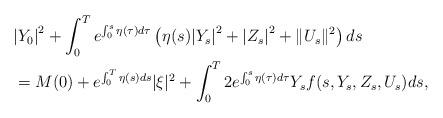
LaTeX: \begin{align*}&{|Y_0|}^2+\int_0^T e^{\int_0^s\eta(\tau)d\tau}\left(\eta(s){|Y_s|}^2 +{|Z_s|}^2 +\|U_s\|^2\right)ds\\& =M(0)+e^{\int_0^T\eta(s)ds}|\xi|^2+\int_0^T 2e^{\int_0^s\eta(\tau)d\tau}Y_sf(s,Y_s,Z_s,U_s)ds,\end{align*}